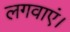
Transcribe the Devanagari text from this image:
लगवाएं।